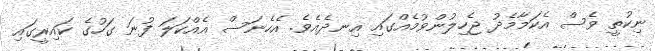
ނިކުތީ ވެސް އެކަމާމެދު ޖެހިލުންވުމެއްގައި އިނދެއެވެ. އެހެނަސް އެއްކަލަ ފުނަ ގަހުގެ ކައިރީގައި